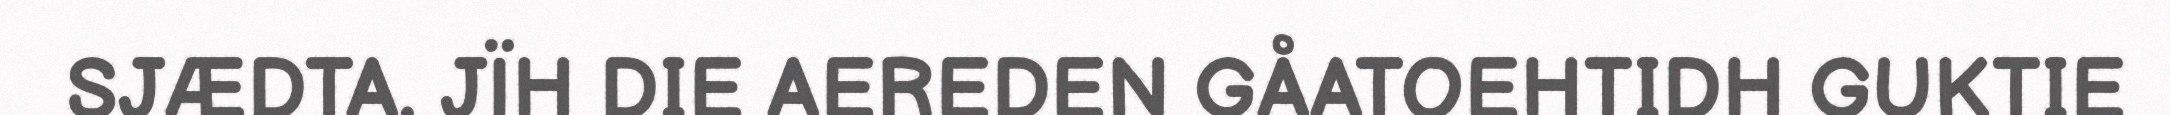
SJÆDTA. JÏH DIE AEREDEN GÅATOEHTIDH GUKTIE